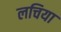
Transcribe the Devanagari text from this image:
लचिया